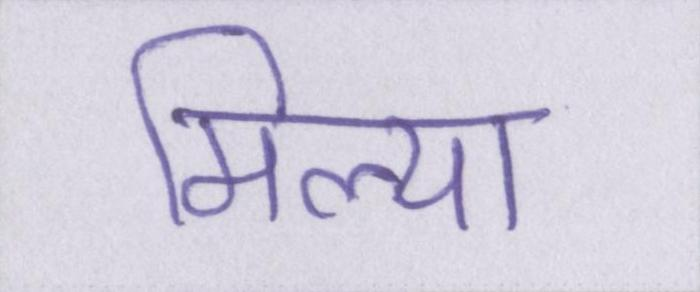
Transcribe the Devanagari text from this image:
मिल्या